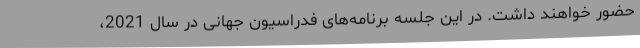
حضور خواهند داشت. در این جلسه برنامه‌های فدراسیون جهانی در سال 2021،